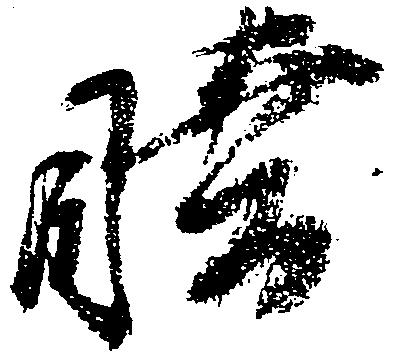
睦